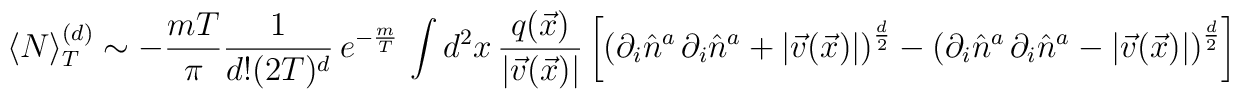
\langle N\rangle_T^{(d)}\sim -\frac{mT}{\pi} \frac{1}{d! (2T)^d}\,e^{-\frac{m}{T}}\,\int d^2 x\,\frac{q(\vec{x})}{|\vec{v}(\vec{x})|}\left[\left(\partial_{i} \hat{n}^a \,\partial_{i} \hat{n}^a+|\vec{v}(\vec{x})|\right)^{\frac{d}{2}}-\left(\partial_{i}\hat{n}^a \, \partial_{i}\hat{n}^a-|\vec{v}(\vec{x})|\right)^{\frac{d}{2}}\right]